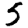
Digit: 5